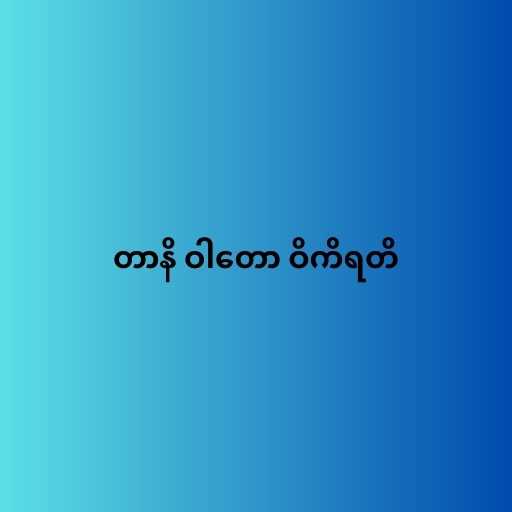
တာနိ ဝါတော ဝိကိရတိ